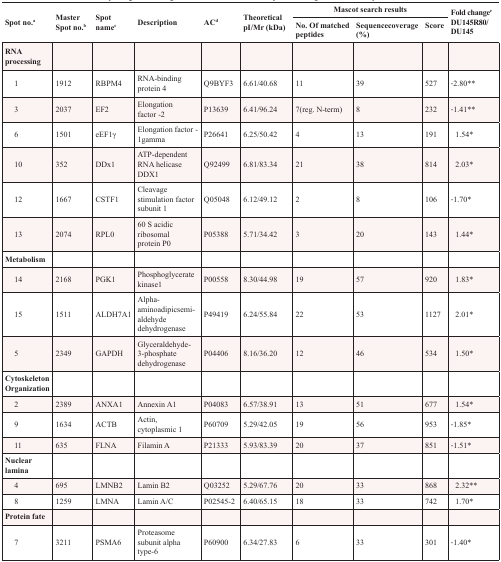
<table><thead><tr><td rowspan="2"><b>Spot no.<sup>a</sup></b></td><td rowspan="2"><b>Master Spot no.<sup>b</sup></b></td><td rowspan="2"><b>Spot name<sup>c</sup></b></td><td rowspan="2"><b>Description</b></td><td rowspan="2"><b>AC<sup>d</sup></b></td><td rowspan="2"><b>Theoretical pI/Mr (kDa)</b></td><td colspan="3"><b>Mascot search results</b></td><td rowspan="2"><b>Fold change<sup>e</sup> DU145R80/DU145</b></td></tr><tr><td><b>No. Of matched peptides</b></td><td><b>Sequencecoverage (%)</b></td><td><b>Score</b></td></tr></thead><tbody><tr><td><b>RNA processing</b></td><td></td><td></td><td></td><td></td><td></td><td></td><td></td><td></td><td></td></tr><tr><td> 1</td><td>1912</td><td>RBPM4</td><td>RNA-binding protein 4</td><td>Q9BYF3</td><td>6.61/40.68</td><td>11</td><td>39</td><td>527</td><td>−2.80**</td></tr><tr><td> 3</td><td>2037</td><td>EF2</td><td>Elongation factor -2</td><td>P13639</td><td>6.41/96.24</td><td>7(reg. N-term)</td><td>8</td><td>232</td><td>−1.41**</td></tr><tr><td> 6</td><td>1501</td><td>eEF1γ</td><td>Elongation factor - 1gamma</td><td>P26641</td><td>6.25/50.42</td><td>4</td><td>13</td><td>191</td><td>1.54*</td></tr><tr><td> 10</td><td>352</td><td>DDx1</td><td>ATP-dependent RNA helicase DDX1</td><td>Q92499</td><td>6.81/83.34</td><td>21</td><td>38</td><td>814</td><td>2.03*</td></tr><tr><td> 12</td><td>1667</td><td>CSTF1</td><td>Cleavage stimulation factor subunit 1</td><td>Q05048</td><td>6.12/49.12</td><td>2</td><td>8</td><td>106</td><td>−1.70*</td></tr><tr><td> 13</td><td>2074</td><td>RPL0</td><td>60 S acidic ribosomal protein P0</td><td>P05388</td><td>5.71/34.42</td><td>3</td><td>20</td><td>143</td><td>1.44*</td></tr><tr><td><b>Metabolism</b></td><td></td><td></td><td></td><td></td><td></td><td></td><td></td><td></td><td></td></tr><tr><td> 14</td><td>2168</td><td>PGK1</td><td>Phosphoglycerate kinase1</td><td>P00558</td><td>8.30/44.98</td><td>19</td><td>57</td><td>920</td><td>1.83*</td></tr><tr><td> 15</td><td>1511</td><td>ALDH7A1</td><td>Alpha-aminoadipicsemialdehyde dehydrogenase</td><td>P49419</td><td>6.24/55.84</td><td>22</td><td>53</td><td>1127</td><td>2.01*</td></tr><tr><td> 5</td><td>2349</td><td>GAPDH</td><td>Glyceraldehyde-3-phosphate dehydrogenase</td><td>P04406</td><td>8.16/36.20</td><td>12</td><td>46</td><td>534</td><td>1.50*</td></tr><tr><td><b>Cytoskeleton Organization</b></td><td></td><td></td><td></td><td></td><td></td><td></td><td></td><td></td><td></td></tr><tr><td> 2</td><td>2389</td><td>ANXA1</td><td>Annexin A1</td><td>P04083</td><td>6.57/38.91</td><td>13</td><td>51</td><td>677</td><td>1.54*</td></tr><tr><td> 9</td><td>1634</td><td>ACTB</td><td>Actin, cytoplasmic 1</td><td>P60709</td><td>5.29/42.05</td><td>19</td><td>56</td><td>953</td><td>−1.85*</td></tr><tr><td> 11</td><td>635</td><td>FLNA</td><td>Filamin A</td><td>P21333</td><td>5.93/83.39</td><td>20</td><td>37</td><td>851</td><td>−1.51*</td></tr><tr><td><b>Nuclear lamina</b></td><td></td><td></td><td></td><td></td><td></td><td></td><td></td><td></td><td></td></tr><tr><td> 4</td><td>695</td><td>LMNB2</td><td>Lamin B2</td><td>Q03252</td><td>5.29/67.76</td><td>20</td><td>33</td><td>868</td><td>2.32**</td></tr><tr><td> 8</td><td>1259</td><td>LMNA</td><td>Lamin A/C</td><td>P02545-2</td><td>6.40/65.15</td><td>18</td><td>33</td><td>742</td><td>1.70*</td></tr><tr><td><b>Protein fate</b></td><td></td><td></td><td></td><td></td><td></td><td></td><td></td><td></td><td></td></tr><tr><td> 7</td><td>3211</td><td>PSMA6</td><td>Proteasome subunit alpha type-6</td><td>P60900</td><td>6.34/27.83</td><td>6</td><td>33</td><td>301</td><td>−1.40*</td></tr></tbody></table>